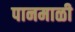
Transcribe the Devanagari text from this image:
पानमाळी